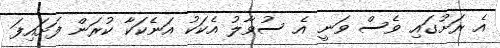
އެ ރަށުގައި ވެސް ވަނީ އެ ސުވާލު އެކަކު އަނެކަކާ ކުރަން ފަށައިފަ